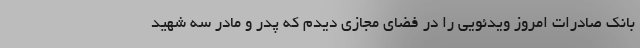
بانک صادرات امروز ویدئویی را در فضای مجازی دیدم که پدر و مادر سه شهید